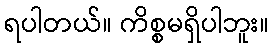
ရပါတယ်။ ကိစ္စမရှိပါဘူး။